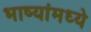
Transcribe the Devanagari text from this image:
भाष्यांमध्ये